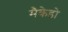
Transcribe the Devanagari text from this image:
मैकेडो